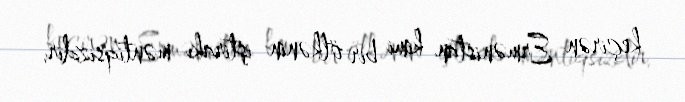
keçirən Ermənistan kimi bir ölkənin iştirakı məntiqsizdir.